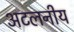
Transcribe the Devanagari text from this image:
अटलनीय